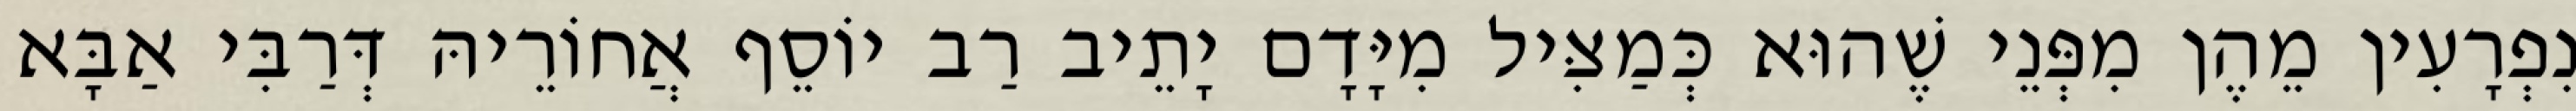
נִפְרָעִין מֵהֶן מִפְּנֵי שֶׁהוּא כְּמַצִּיל מִיָּדָם יָתֵיב רַב יוֹסֵף אֲחוֹרֵיהּ דְּרַבִּי אַבָּא